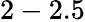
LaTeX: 2-2.5